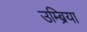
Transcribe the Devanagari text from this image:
उम्ब्रिया